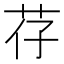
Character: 𫇱